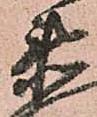
衛